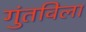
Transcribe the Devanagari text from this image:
गुंतविला